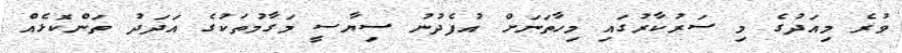
ވުރެ މިއަދުގެ މި ސަރުކާރުގައި މިހާތަނަށް އުފެދުނު ސިޔާސީ މަގާމުތަކުގެ އަދަދު ތަންކޮޅެއް